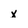
Character: x